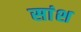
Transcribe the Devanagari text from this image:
सांश